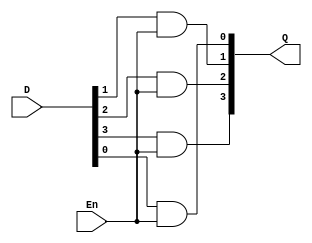
//Write the verilog modules for D-latch here and  
//keep the name of 4-bit D-latch "dlatch4"
 
module dlatch4(D, En, Q);
  input[3:0] D;
  input En;
  output[3:0] Q;
  
  and G0(Q[0], D[0], En);
  and G1(Q[1], D[1], En);
  and G2(Q[2], D[2], En);
  and G3(Q[3], D[3], En);
endmodule
  
	module dlatch4_tb;
		reg [3:0] d;
		reg en;
		wire [3:0] q;
		parameter STDIN = 32'h8000_0000;
		integer testid;
		integer ret;

		dlatch4  dl4( d, en, q);
 
		initial begin
			ret = $fscanf(STDIN,"%d",testid);
			case(testid)

				0:    	begin
						{d} = 2; en = 1;
					end
   				1:    	begin
   						{d} = 6; en = 1;
        				end
   				2:    	begin
						{d} = 6; en = 1;
					end
   				3:	begin
						{d} = 4; en = 1;
					end

    				default:	begin
        							$display("Bad testcase id %d",testid);
        							$finish();
        						end
			endcase
			#5;
			
			if (d==q && en == 1)
        			pass();
			else
 				fail();
		end


 		task fail; 	begin
    					$display("Fail: for e == %b,  %b != %b",en,d,q);
  				end
  		endtask

  		task pass; 	begin
	    				$display("Pass: for e == %b,  %b == %b",en,d,q);
  				end
  		endtask

	endmodule